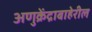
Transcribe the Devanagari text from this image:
अणुक्रेंद्राबाहेरील